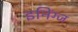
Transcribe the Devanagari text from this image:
इनिंग्ज